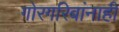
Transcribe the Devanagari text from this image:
गोरगरिबांनाही